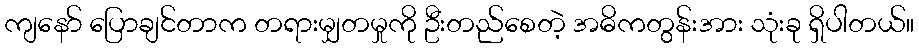
ကျနော် ပြောချင်တာက တရားမျှတမှုကို ဦးတည်စေတဲ့ အဓိကတွန်းအား သုံးခု ရှိပါတယ်။